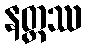
နတ္ထဿ